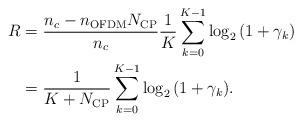
LaTeX: \begin{align*} \begin{aligned} R &= \frac{{{n_c} - {n_{\rm{OFDM}}}{N_{\rm{CP}}}}}{{{n_c}}}\frac{1}{{K}}\sum\limits_{k = 0}^{K - 1} {{{\log }_2}\left( {1 + {\gamma}_k} \right)}\\ &= \frac{1}{{K + {N_{{\rm{CP}}}}}}\sum\limits_{k = 0}^{K - 1} {{{\log }_2}\left( {1 + {\gamma _k}} \right)}. \end{aligned} \end{align*}